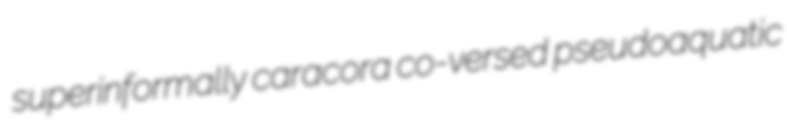
superinformally caracora co-versed pseudoaquatic